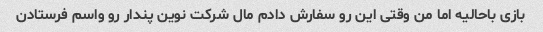
بازی باحالیه اما من وقتی این رو سفارش دادم مال شرکت نوین پندار رو واسم فرستادن